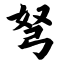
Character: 弩